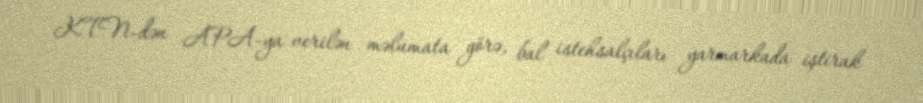
KTN-dən APA-ya verilən məlumata görə, bal istehsalçıları yarmarkada iştirak